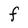
Character: F